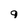
Character: 9